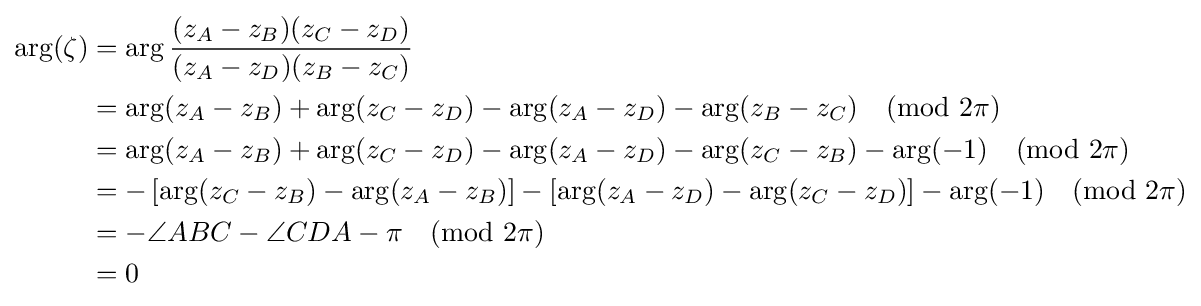
{\begin{aligned}\arg(\zeta )&=\arg {\frac {(z_{A}-z_{B})(z_{C}-z_{D})}{(z_{A}-z_{D})(z_{B}-z_{C})}}\\&=\arg(z_{A}-z_{B})+\arg(z_{C}-z_{D})-\arg(z_{A}-z_{D})-\arg(z_{B}-z_{C}){\pmod {2\pi }}\\&=\arg(z_{A}-z_{B})+\arg(z_{C}-z_{D})-\arg(z_{A}-z_{D})-\arg(z_{C}-z_{B})-\arg(-1){\pmod {2\pi }}\\&=-\left[\arg(z_{C}-z_{B})-\arg(z_{A}-z_{B})\right]-\left[\arg(z_{A}-z_{D})-\arg(z_{C}-z_{D})\right]-\arg(-1){\pmod {2\pi }}\\&=-\angle ABC-\angle CDA-\pi {\pmod {2\pi }}\\&=0\end{aligned}}